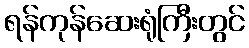
ရန်ကုန်ဆေးရုံကြီးတွင်